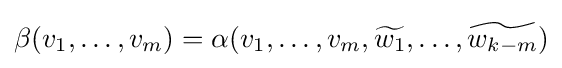
\beta (v_{1},\dots ,v_{m})=\alpha (v_{1},\dots ,v_{m},{\widetilde {w_{1}}},\dots ,{\widetilde {w_{k-m}}})